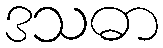
ဒသဓာ